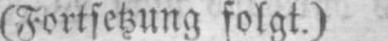
(Fortsetzung folgt.)